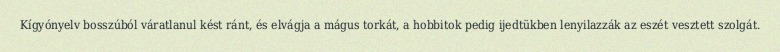
Kígyónyelv bosszúból váratlanul kést ránt, és elvágja a mágus torkát, a hobbitok pedig ijedtükben lenyilazzák az eszét vesztett szolgát.